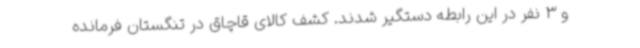
و 3 نفر در این رابطه دستگیر شدند. کشف کالای قاچاق در تنگستان فرمانده